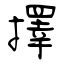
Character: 擇